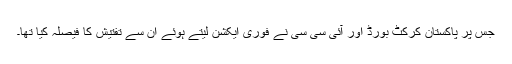
جس پر پاکستان کرکٹ بورڈ اور آئی سی سی نے فوری ایکشن لیتے ہوئے ان سے تفتیش کا فیصلہ کیا تھا۔